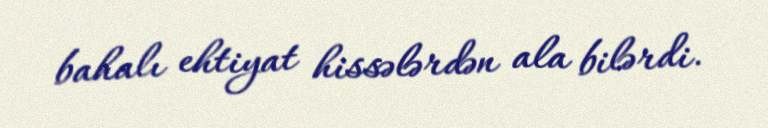
bahalı ehtiyat hissələrdən ala bilərdi.